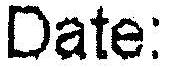
DATE: